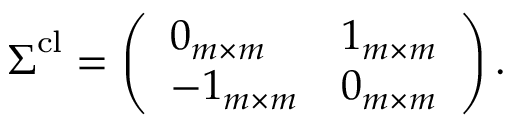
\boldsymbol { \Sigma } ^ { \mathrm { c l } } = \left( \begin{array} { l l } { \boldsymbol { 0 } _ { m \times m } } & { \boldsymbol { 1 } _ { m \times m } } \\ { - \boldsymbol { 1 } _ { m \times m } } & { \boldsymbol { 0 } _ { m \times m } } \end{array} \right) .